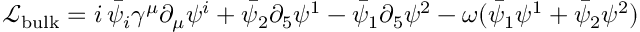
\mathcal { L } _ { \mathrm { b u l k } } = i \, \bar { \psi } _ { i } \gamma ^ { \mu } \partial _ { \mu } \psi ^ { i } + \bar { \psi } _ { 2 } \partial _ { 5 } \psi ^ { 1 } - \bar { \psi } _ { 1 } \partial _ { 5 } \psi ^ { 2 } - \omega ( \bar { \psi } _ { 1 } \psi ^ { 1 } + \bar { \psi } _ { 2 } \psi ^ { 2 } )